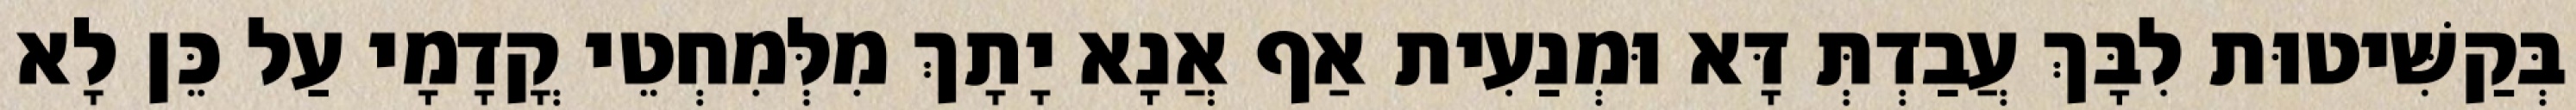
בְּקַשִּׁיטוּת לִבָּךְ עֲבַדְתְּ דָּא וּמְנַעִית אַף אֲנָא יָתָךְ מִלְּמִחְטֵי קֳדָמָי עַל כֵּן לָא